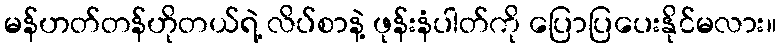
မန်ဟတ်တန်ဟိုတယ်ရဲ့ လိပ်စာနဲ့ ဖုန်းနံပါတ်ကို ပြောပြပေးနိုင်မလား။